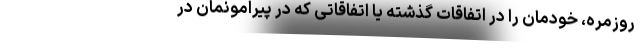
روزمره‌، خودمان را در اتفاقات گذشته یا اتفاقاتی که در پیرامونمان در